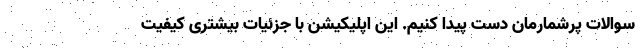
سوالات پرشمارمان دست پیدا کنیم. این اپلیکیشن با جزئیات بیشتری کیفیت